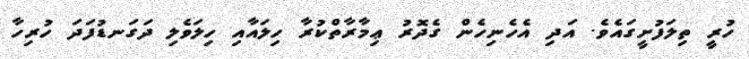
ހުރީ ތިލަފުށީގައެވެ. އަދި އެހެނިހެން ގެދޮރު ޢިމާރާތްކުރާ ހިލައާއި ހިލަވެލި ދަގަނޑުފަދަ ހުރިހާ